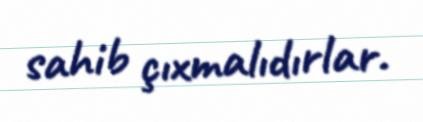
sahib çıxmalıdırlar.